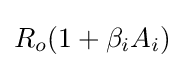
R_{o}(1+\beta _{i}A_{i})